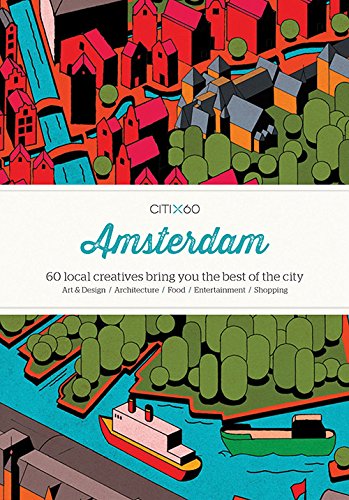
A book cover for Citix60 - Amsterdam: 60 Creatives Show You the Best of the City60 Creatives Show You the Best of the City; Viction Ary; Travel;